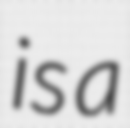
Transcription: is a